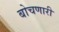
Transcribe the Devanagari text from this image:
बोचणारी